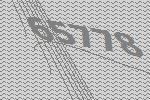
65778